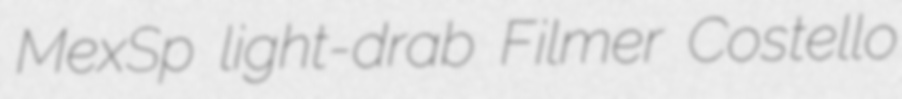
MexSp light-drab Filmer Costello